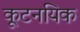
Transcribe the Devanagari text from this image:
कूटनयिक